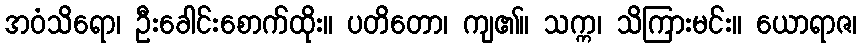
အဝံသိရော၊ ဦးခေါင်းစောက်ထိုး။ ပတိတော၊ ကျ၏။ သက္က၊ သိကြားမင်း။ ယောရာဇ၊